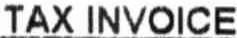
TAX INVOICE